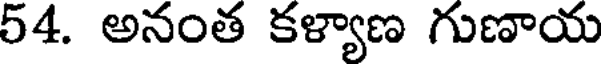
54. అనంత కళ్యాణ గుణాయ